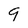
Character: 9